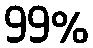
99%